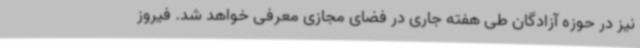
نیز در حوزه آزادگان طی هفته جاری در فضای مجازی معرفی خواهد شد. فیروز